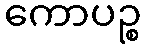
ကောပဉ္စ